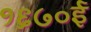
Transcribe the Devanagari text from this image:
१६७०ई